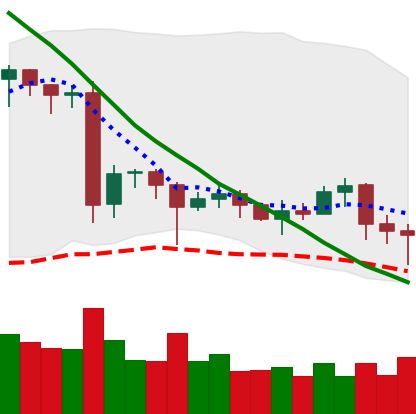
Ticker: EOS-USD
Chart end date: 2020-06-26
Forward return: -4.114%
Label: down_3_5